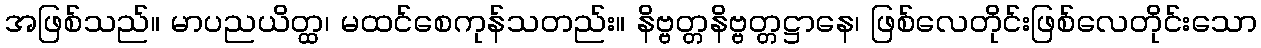
အဖြစ်သည်။ မာပညယိတ္ထ၊ မထင်စေကုန်သတည်း။ နိဗ္ဗတ္တနိဗ္ဗတ္တဋ္ဌာနေ၊ ဖြစ်လေတိုင်းဖြစ်လေတိုင်းသော